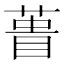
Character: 𮐎